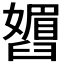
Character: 𬛾